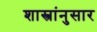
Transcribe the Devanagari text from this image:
शास्त्रांनुसार